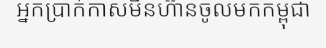
អ្នកប្រាក់កាសមិនហ៊ានចូលមកកម្ពុជា